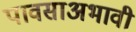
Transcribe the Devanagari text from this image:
पावसाअभावी